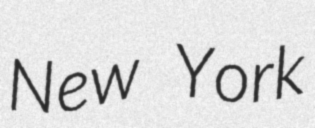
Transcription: New York